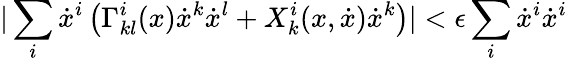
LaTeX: |\sum_{i}\dot{x}^{i}\left(\Gamma_{kl}^{i}(x)\dot{x}^{k}\dot{x}^{l}+X_{k}^{i}(x,\dot{x})\dot{x}^{k}\right)|<\epsilon\sum_{i}\dot{x}^{i}\dot{x}^{i}